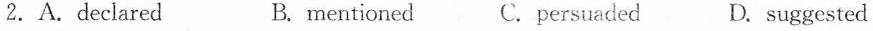
2.A.declared B. mentioned C.persuaded D. suggested